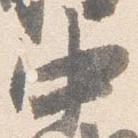
中